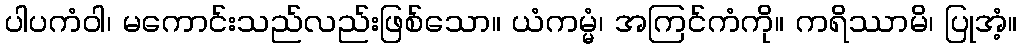
ပါပကံဝါ၊ မကောင်းသည်လည်းဖြစ်သော။ ယံကမ္မံ၊ အကြင်ကံကို။ ကရိဿာမိ၊ ပြုအံ့။